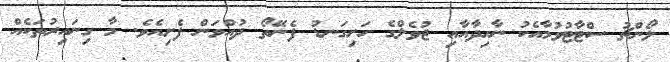
ލޯންޗު ސްޓާޓުވުމާއެކު ނާހިދާއާއި ޖުވެލްގެ ހަށިގަނޑު ފެނޭތޯ ދުއްވަން ފެށިއެވެ. މާ ގިނައިރުތަކެއް